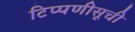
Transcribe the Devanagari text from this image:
टिप्पणीसूची